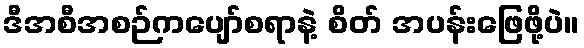
ဒီအစီအစဉ်ကပျော်စရာနဲ့ စိတ် အပန်းဖြေဖို့ပဲ။